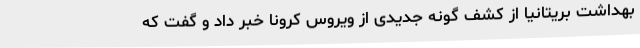
بهداشت بریتانیا از کشف گونه جدیدی از ویروس کرونا خبر داد و گفت که